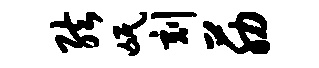
弦氓刻筋